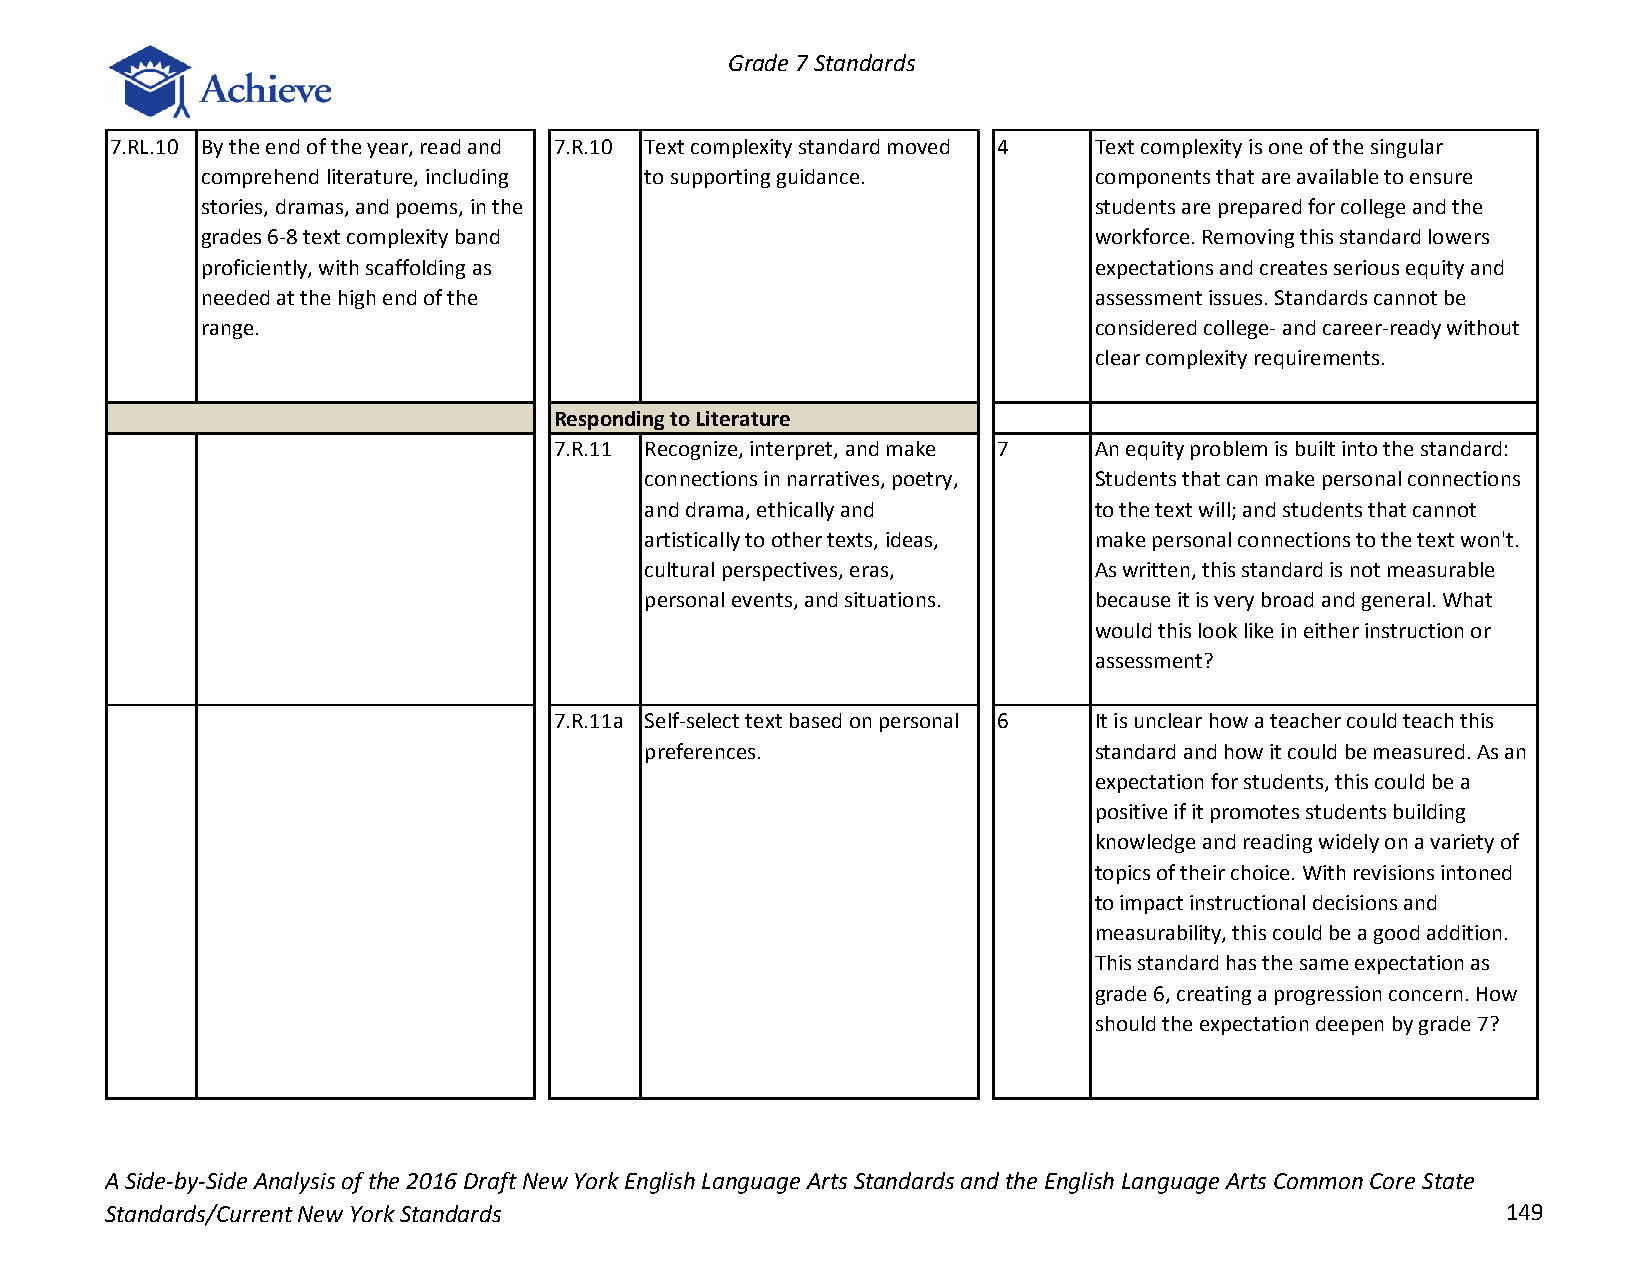
Grade 7 Standards
 7.RL.10 By the end of the year, read and 7.R.10 Text complexity standard moved 4 Text complexity is one of the singular
 comprehend literature, including to supporting guidance.   components that are available to ensure
 stories, dramas, and poems, in the                         students are prepared for college and the
 grades 6-8 text complexity band                            workforce. Removing this standard lowers
 proficiently, with scaffolding as                          expectations and creates serious equity and
 needed at the high end of the                              assessment issues. Standards cannot be
 range.                                                     considered college- and career-ready without
 clear complexity requirements.
 Responding to Literature
 7.R.11 Recognize, interpret, and make 7 An equity problem is built into the standard:
 connections in narratives, poetry, Students that can make personal connections
 and drama, ethically and     to the text will; and students that cannot
 artistically to other texts, ideas, make personal connections to the text won't.
 cultural perspectives, eras, As written, this standard is not measurable
 personal events, and situations. because it is very broad and general. What
 would this look like in either instruction or
 assessment?
 7.R.11a Self-select text based on personal 6 It is unclear how a teacher could teach this
 preferences.                 standard and how it could be measured. As an
 expectation for students, this could be a
 positive if it promotes students building
 knowledge and reading widely on a variety of
 topics of their choice. With revisions intoned
 to impact instructional decisions and
 measurability, this could be a good addition.
 This standard has the same expectation as
 grade 6, creating a progression concern. How
 should the expectation deepen by grade 7?
 A Side-by-Side Analysis of the 2016 Draft New York English Language Arts Standards and the English Language Arts Common Core State
 Standards/Current New York Standards                                                         149